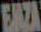
EAZA